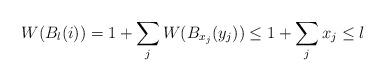
LaTeX: \begin{align*}W(B_l(i)) = 1+ \sum_j W(B_{x_j}(y_j)) \le 1 + \sum_j x_j \le l\end{align*}